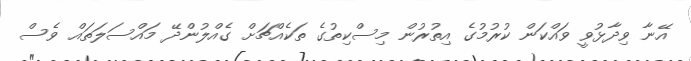
އޭނާ ވިދާޅުވީ ވައްކަން ކުރުމުގެ އިތުރުން މިސްކިތުގެ ތަކެއްޗަށް ގެއްލުންދޭ މައްސަލަތައް ވެސް